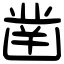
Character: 凿